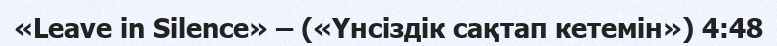
«Leave in Silence» – («Үнсіздік сақтап кетемін») 4:48